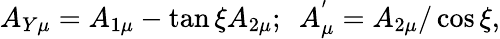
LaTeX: A_{Y\mu}=A_{1\mu}-\tan{\xi}A_{2\mu};~~A_{\mu}^{'}=A_{2\mu}/\cos{\xi},